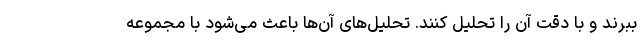
ببرند و با دقت آن را تحلیل کنند. تحلیل‌های آن‌ها باعث می‌شود با مجموعه